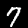
Label: 7